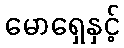
မောရှေနှင့်